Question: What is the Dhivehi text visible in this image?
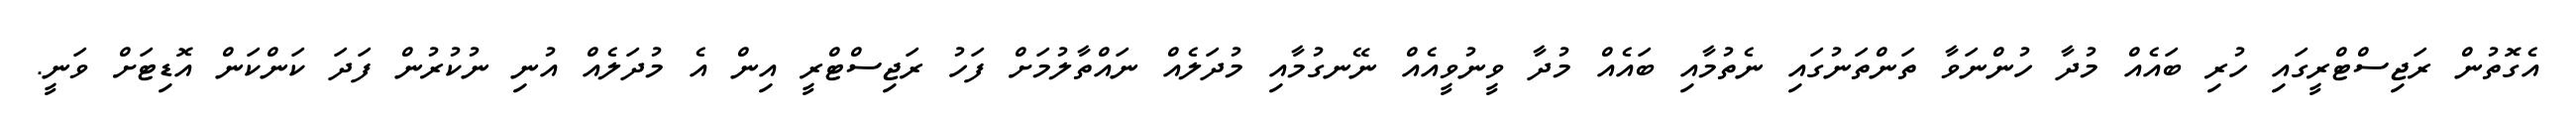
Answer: އެގޮތުން ރަޖިސްޓްރީގައި ހުރި ބައެއް މުދާ ހުންނަވާ ތަންތަނުގައި ނެތުމާއި ބައެއް މުދާ ވީނުވީއެއް ނޭނގުމާއި މުދަލެއް ނައްތާލުމަށް ފަހު ރަޖިސްޓްރީ އިން އެ މުދަލެއް އުނި ނުކުރުން ފަދަ ކަންކަން އޮޑިޓަށް ވަނީ.